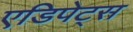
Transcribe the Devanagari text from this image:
एडिपेट्स